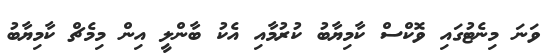
ވަނަ މިނެޓުގައި ވޮކްސް ކާމިޔާބު ކުރުމާއި އެކު ބާންލީ އިން މިމެޗް ކާމިޔާބު